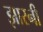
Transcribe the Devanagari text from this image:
झारनी